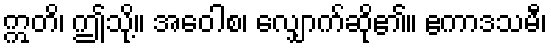
ဣတိ၊ ဤသို့။ အဝေါစ၊ လျှောက်ဆို၏။ ဧကာဒသမီ၊